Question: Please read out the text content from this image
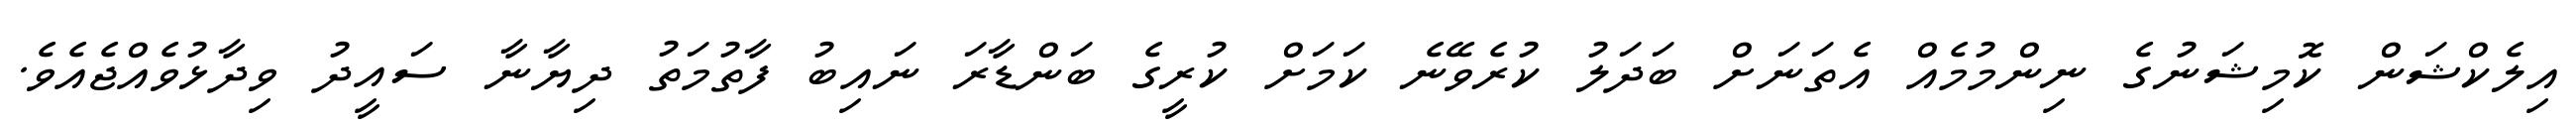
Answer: އިލެކްޝަން ކޮމިޝަނުގެ ނިންމުމެއް އެތަނަށް ބަދަލު ކުރެވޭނެ ކަމަށް ކުރީގެ ބަންޑާރަ ނައިބު ފާތުމަތު ދިޔާނާ ސައީދު ވިދާޅުވެއްޖެއެވެ.